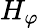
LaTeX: H_{\varphi}